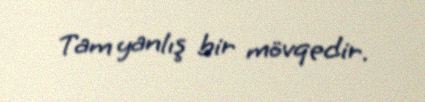
Tam yanlış bir mövqedir.